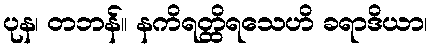
ပုန၊ တဘန်။ နကိရတ္ထိရသေဟိ ခရာဒိယာ၊